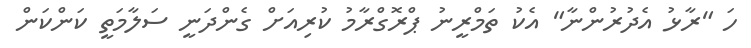
ހަ "ރާޅު އެދުރުންނާ" އެކު ތަމްރީނު ޕްރޮގްރާމު ކުރިއަށް ގެންދަނީ ސަލާމަތީ ކަންކަން